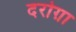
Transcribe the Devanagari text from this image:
दरोग़ा